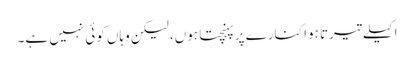
اکیلے تیرتا ہوا کنارے پر پہنچتا ہوں، لیکن وہاں کوئی نہیں ہے۔